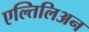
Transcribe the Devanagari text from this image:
एल्तिलिअन